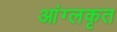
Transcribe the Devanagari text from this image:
आंग्लकृत